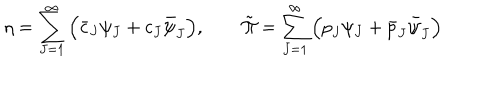
LaTeX: \eta = \sum _ { J = 1 } ^ { \infty } \Big ( \bar { c } _ { J } \psi _ { J } + c _ { J } \bar { \psi } _ { J } \Big ) , \qquad \tilde { \Pi } = \sum _ { J = 1 } ^ { \infty } \Big ( { p } _ { J } \psi _ { J } + \bar { p } _ { J } \bar { \psi } _ { J } \Big )